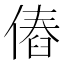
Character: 𠌴